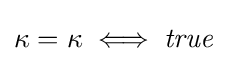
\kappa =\kappa \iff {\mathit {true}}